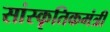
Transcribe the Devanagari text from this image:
सांस्कृतिकमंत्री